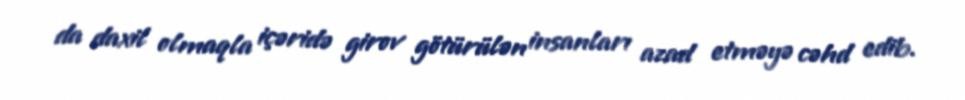
da daxil olmaqla içəridə girov götürülən insanları azad etməyə cəhd edib.